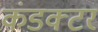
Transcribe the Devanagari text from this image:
कंडक्‍टर